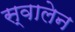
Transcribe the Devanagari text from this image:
स्वालेन